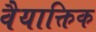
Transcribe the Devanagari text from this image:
वैयाक्तिक